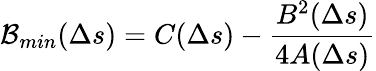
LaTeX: {\cal B}_{min}(\Delta s)=C(\Delta s)-\frac{B^{2}(\Delta s)}{4A(\Delta s)}